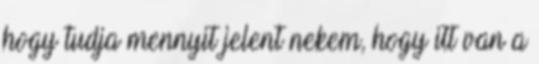
hogy tudja mennyit jelent nekem, hogy itt van a